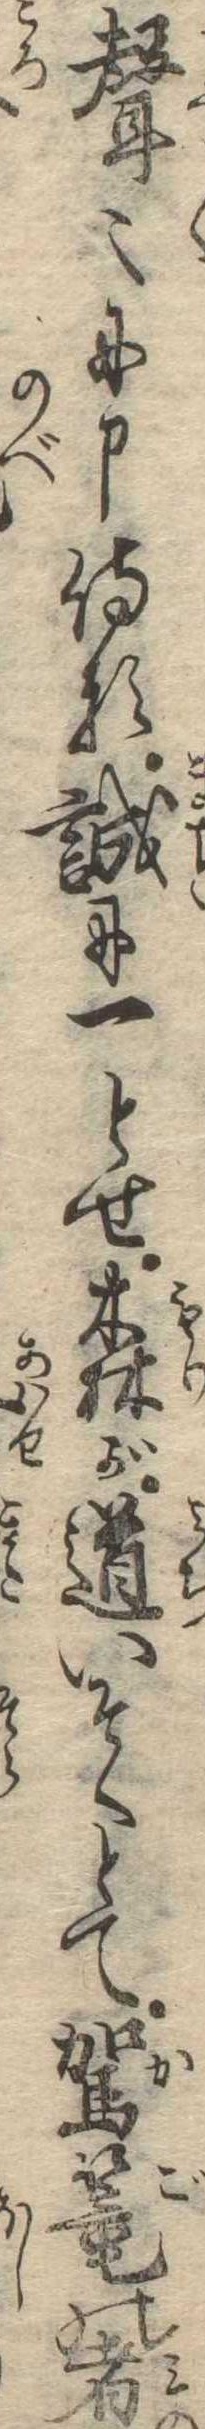
声〻に申侍る誠に一とせ森が道いそぐとて駕篭の者